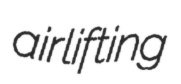
airlifting